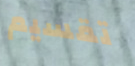
تقسيم